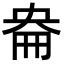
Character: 𡘦